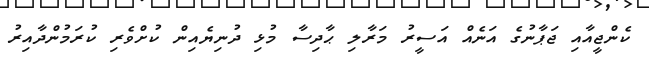
ކެންޖީއާއި ޖަޕާނުގެ އަނެއް އަސީރު މަރާލި ޙާދިސާ މުޅި ދުނިޔެއިން ކުށްވެރި ކުރަމުންދާއިރު